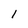
Character: 1